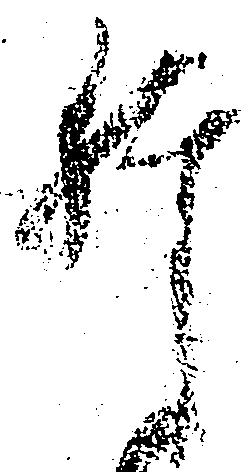
肝